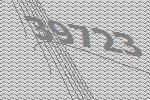
39723